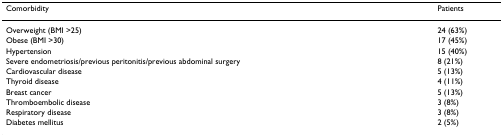
<table><thead><tr><td><b>Comorbidity</b></td><td><b>Patients</b></td></tr></thead><tbody><tr><td>Overweight (BMI &gt;25)</td><td>24 (63%)</td></tr><tr><td>Obese (BMI &gt;30)</td><td>17 (45%)</td></tr><tr><td>Hypertension</td><td>15 (40%)</td></tr><tr><td>Severe endometriosis/previous peritonitis/previous abdominal surgery</td><td>8 (21%)</td></tr><tr><td>Cardiovascular disease</td><td>5 (13%)</td></tr><tr><td>Thyroid disease</td><td>4 (11%)</td></tr><tr><td>Breast cancer</td><td>5 (13%)</td></tr><tr><td>Thromboembolic disease</td><td>3 (8%)</td></tr><tr><td>Respiratory disease</td><td>3 (8%)</td></tr><tr><td>Diabetes mellitus</td><td>2 (5%)</td></tr></tbody></table>